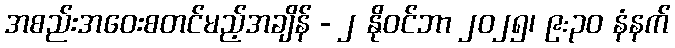
အစည်းအဝေးစတင်မည့်အချိန် - ၂ နိုဝင်ဘာ ၂၀၂၅၊ ၉:၃၀ နံနက်